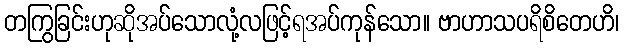
တကြွခြင်းဟုဆိုအပ်သောလုံ့လဖြင့်ရအပ်ကုန်သော။ ဗာဟာသပရိစိတေဟိ၊